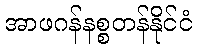
အာဖဂန်နစ္စတန်နိုင်ငံ